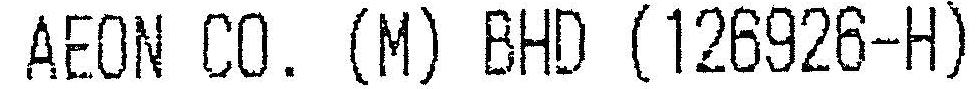
AEON CO. (M) BHD (126926-H)